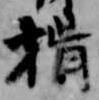
揖